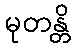
မုတန္တိ